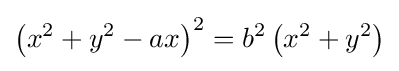
\left(x^{2}+y^{2}-ax\right)^{2}=b^{2}\left(x^{2}+y^{2}\right)